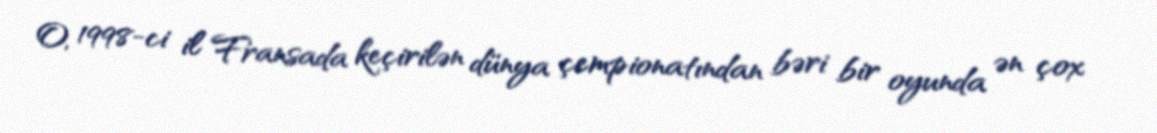
O, 1998-ci il Fransada keçirilən dünya çempionatından bəri bir oyunda ən çox